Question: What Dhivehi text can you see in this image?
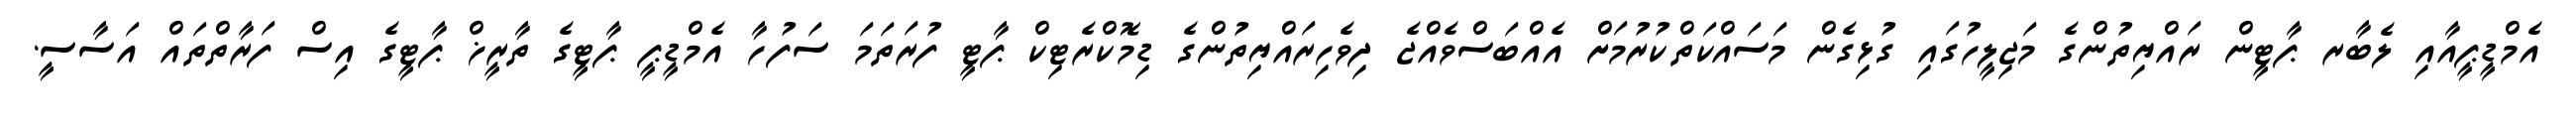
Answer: އެމްޑީޕީއާއި ލެބާރ ޕާޓީން ރައްޔިތުންގެ މަޖިލީހުގައި ގުޅިގެން މަސައްކަތްކުރުމަށް އެއްބަސްވެއްޖެ ދިވެހިރައްޔިތުންގެ ޑިމޮކްރެޓިކް ޕާޓީ ފުރަތަމަ ސަފުހާ އެމްޑީޕީ ޕާޓީގެ ތާރީޚް ޕާޓީގެ އިސް ފަރާތްތައް އަސާސީ.